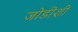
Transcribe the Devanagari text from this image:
जोडीशी